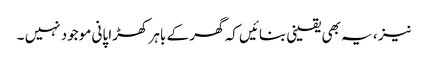
نیز ، یہ بھی یقینی بنائیں کہ گھر کے باہر کھڑا پانی موجود نہیں ۔